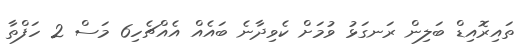
ތައިރޮއިޑް ބަލިން ރަނގަޅު ވުމަށް ކެވިދާނެ ބަައެއް އެއްޗެހި6 މަސް 2 ހަފްތާ